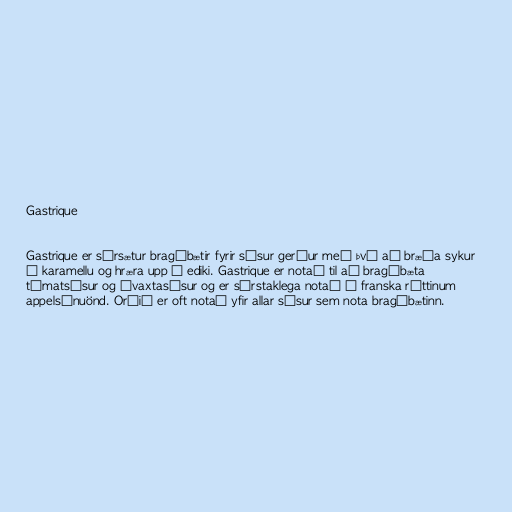
Gastrique

Gastrique er súrsætur bragðbætir fyrir sósur gerður með því að bræða sykur
í karamellu og hræra upp í ediki. Gastrique er notað til að bragðbæta
tómatsósur og ávaxtasósur og er sérstaklega notað í franska réttinum
appelsínuönd. Orðið er oft notað yfir allar sósur sem nota bragðbætinn.